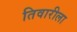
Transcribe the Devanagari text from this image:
तिवारीला